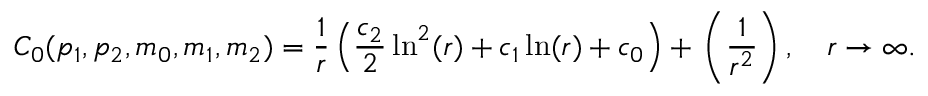
C _ { 0 } ( p _ { 1 } , p _ { 2 } , m _ { 0 } , m _ { 1 } , m _ { 2 } ) = \frac 1 r \left( \frac { c _ { 2 } } 2 \ln ^ { 2 } ( r ) + c _ { 1 } \ln ( r ) + c _ { 0 } \right) + \O \left( \frac 1 { r ^ { 2 } } \right) , \quad r \rightarrow \infty .